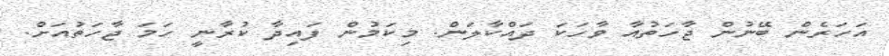
އަހަރެން ބޭނުން ޖާހަތުއާ ވާހަކަ ދައްކާލަން. މިކަމުން ފައިދާ ކުރާނީ ހަމަ ޖާހަތުއަށް.